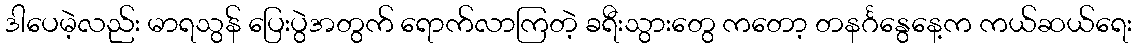
ဒါပေမဲ့လည်း မာရသွန် ပြေးပွဲအတွက် ရောက်လာကြတဲ့ ခရီးသွားတွေ ကတော့ တနင်္ဂနွေနေ့က ကယ်ဆယ်ရေး